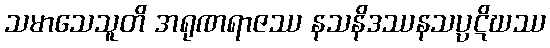
သမာသေသူတိ အရုဏရာဇဿ နသနိဒဿနသပ္ပဋိဃဿ